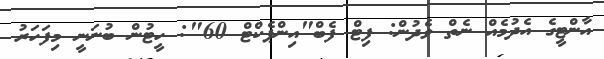
އާންޓީގެ އެދުމެއް ނެތް ވެދުން: ފިޓް ފެބް"އިންޕެކްޓް 60": ހީޓުން ބުނަނީ މިފަހަރު